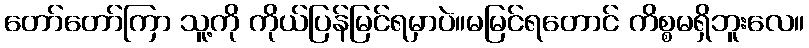
တော်တော်ကြာ သူ့ကို ကိုယ်ပြန်မြင်ရမှာပဲ။မမြင်ရတောင် ကိစ္စမရှိဘူးလေ။